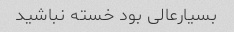
بسیارعالی بود خسته نباشید